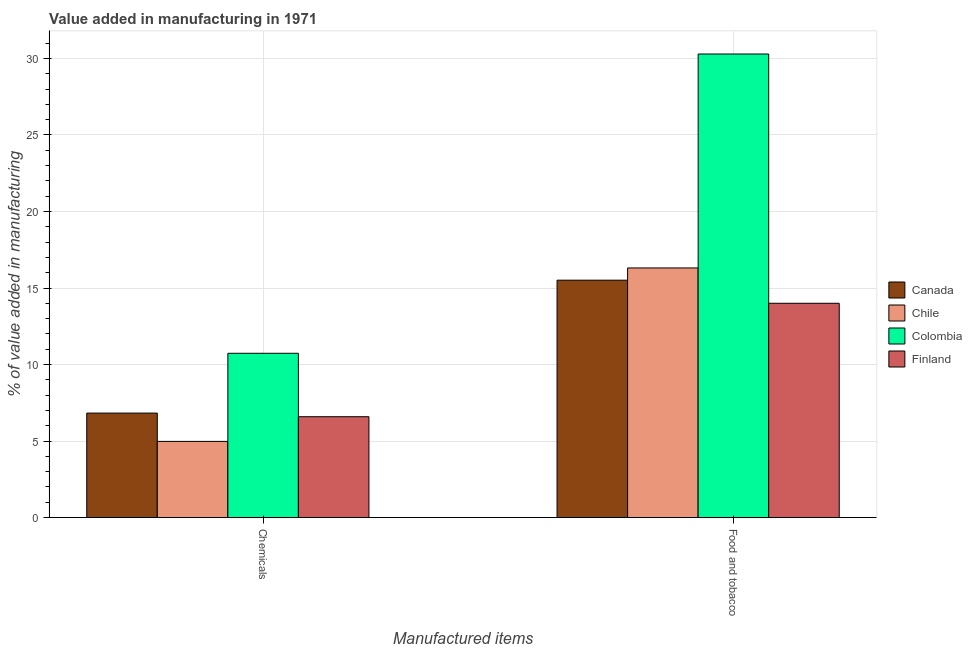
| Manufactured items | Canada | Chile | Colombia | Finland |
 | --- | --- | --- | --- | --- |
 | Chemicals | 6.83 | 4.98 | 10.7 | 6.59 |
 | Food and tobacco | 15.5 | 16.3 | 30.3 | 14 |